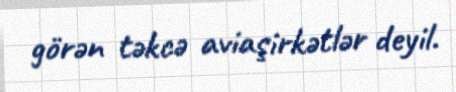
görən təkcə aviaşirkətlər deyil.